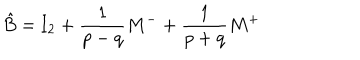
\hat { B } = \mathrm { I } _ { 2 } + { \frac { 1 } { p - q } } M ^ { - } + { \frac { 1 } { p + q } } M ^ { + }